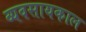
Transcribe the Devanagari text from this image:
व्यवसायकाल